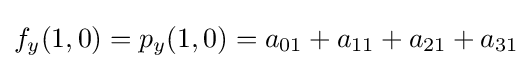
f_{y}(1,0)=p_{y}(1,0)=a_{01}+a_{11}+a_{21}+a_{31}